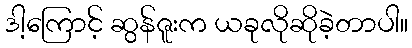
ဒါ့ကြောင့် ဆွန်ဇူးက ယခုလိုဆိုခဲ့တာပါ။